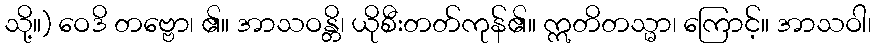
သို့။) ဝေဒိ တဗ္ဗော၊ ၏။ အာသဝန္တိ၊ ယိုစီးတတ်ကုန်၏။ ဣတိတသ္မာ၊ ကြောင့်။ အာသဝါ၊